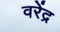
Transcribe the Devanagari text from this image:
वरेंद्र